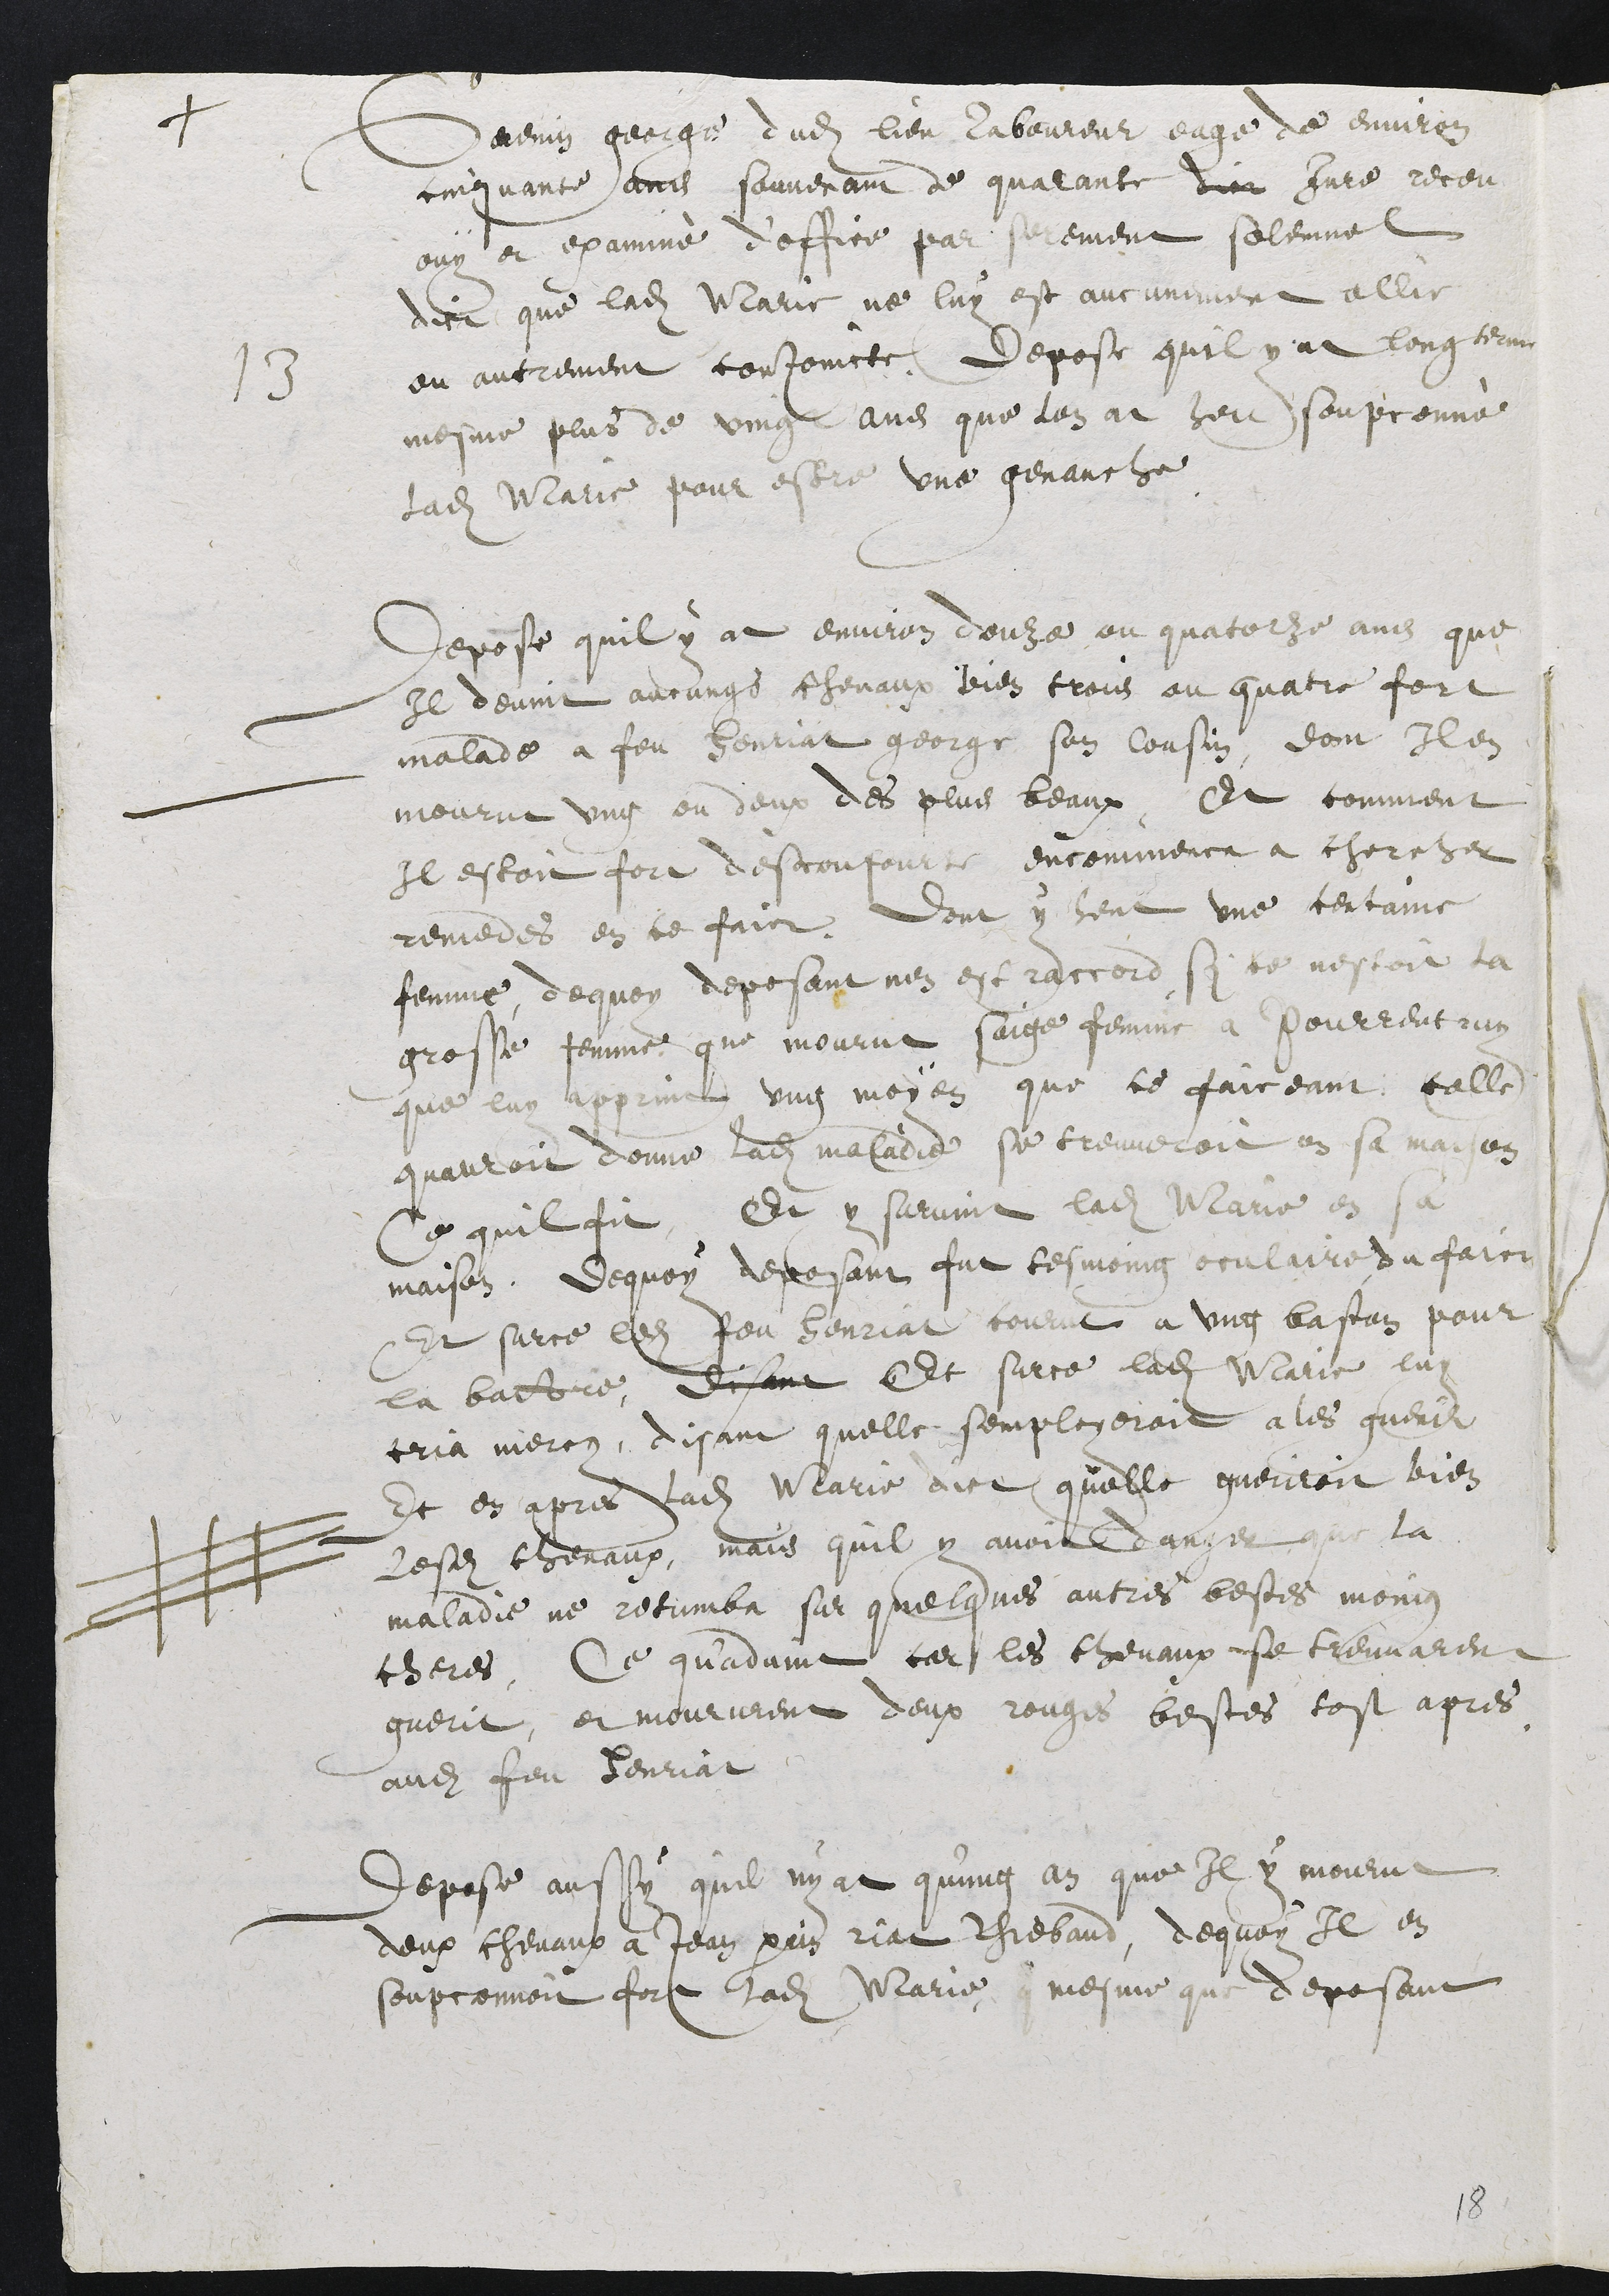
+
Guenin george dudit lieu laboureur eage de environ
cinquante ans souvenant de quarante dict jure receu
ouy et examinè d’office par serement solemnel
dict que ladite Marie ne luy at aucunement allie
13
ou autrement conjoincte. Depose quil y at long terme
mesme plus de vingt ans que l’on at heu soupconné
ladite Marie pour estre une genauche.
Depose quil y at environ douze ou quatorze ans que
Il devint aucungs chevaux bien trois ou quatre fort
malade a feu henriat george son cousin, dont Il en
mourut ung ou deux des plus beaux. Et comment
Il estoit fort dèsconfourte encommenca a chercher
remedes en ce faict. Dont y heut une certaine
femme, dequoy deposant nen est raccord, Si ce nestoit la
grosse femme que mourut saige femme a Pourrentruy
que luy apprint ung moyen que ce faiceant celle
quauroit donne ladite maladie se treuveroit en sa maison
Ce quil fit, Et y survint ladite Marie en sa
maison. Dequoy deposant fut tesmoing oculaire du faict
Et surce ledit feu henriat courut a ung baston pour
la battre, disant Et surce ladite Marie luy
cria mercy, disant quelle semployeroit a les guerir
Et en apres ladite Marie dict quelle gueriroit bien
lesdits chevaux, mais quil y avoit danger que la
maladie ne retumba sur quelques autres bestes moing
cheres, Ce qu’advint car les chevaux se treuvarent
guerit, et moururent deux rouges bestes tost apres
audit feu henriat
Depose aussy quil ny at qu’ung an que Il y mourut
deux chevaux a Jean perrin riat Thiebaud, dequoy Il en
soupconnoit fort ladite Marie, mesme que deposant